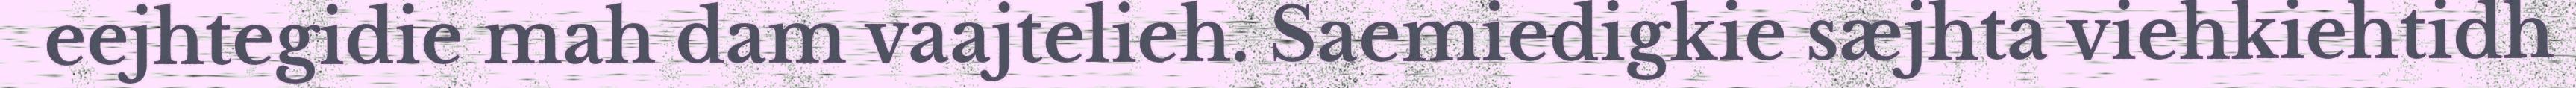
eejhtegidie mah dam vaajtelieh. Saemiedigkie sæjhta viehkiehtidh